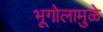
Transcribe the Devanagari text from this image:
भूगोलामुळे